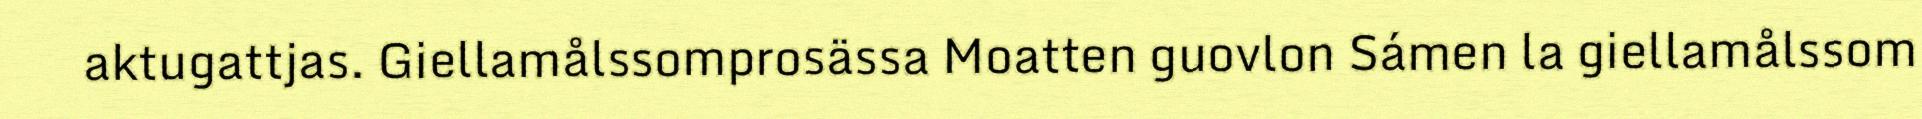
aktugattjas. Giellamålssomprosässa Moatten guovlon Sámen la giellamålssom